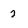
Character: 2